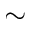
\sim